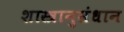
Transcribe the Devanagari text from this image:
शास्त्रानुसंधान